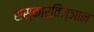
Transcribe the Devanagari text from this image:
संस्कारविज्ञान